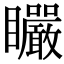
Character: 𥍓